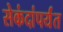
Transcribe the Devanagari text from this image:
सेकंदांपर्यंत